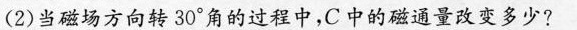
(2)当磁场方向转30°角的过程中，C中的磁通量改变多少?